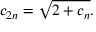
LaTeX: c _ { 2 n } = { \sqrt { 2 + c _ { n } } } .